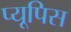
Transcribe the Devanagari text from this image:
प्यूपिस